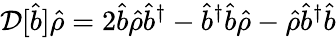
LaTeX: \mathcal{D}[\hat{b}]\hat{\rho}=2\hat{b}\hat{\rho}\hat{b}^{\dagger}-\hat{b}^{\dagger}\hat{b}\hat{\rho}-\hat{\rho}\hat{b}^{\dagger}\hat{b}